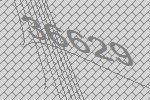
36629